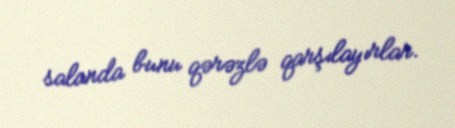
salanda bunu qərəzlə qarşılayırlar.